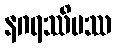
နဂရဿိမဿ